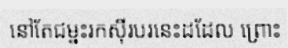
នៅតែជម្នះរកស៊ីរបរនេះដដែល ព្រោះ